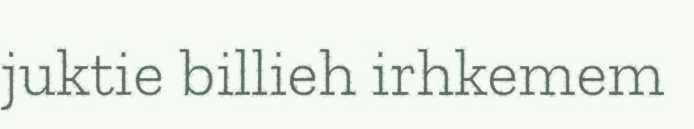
juktie billieh irhkemem